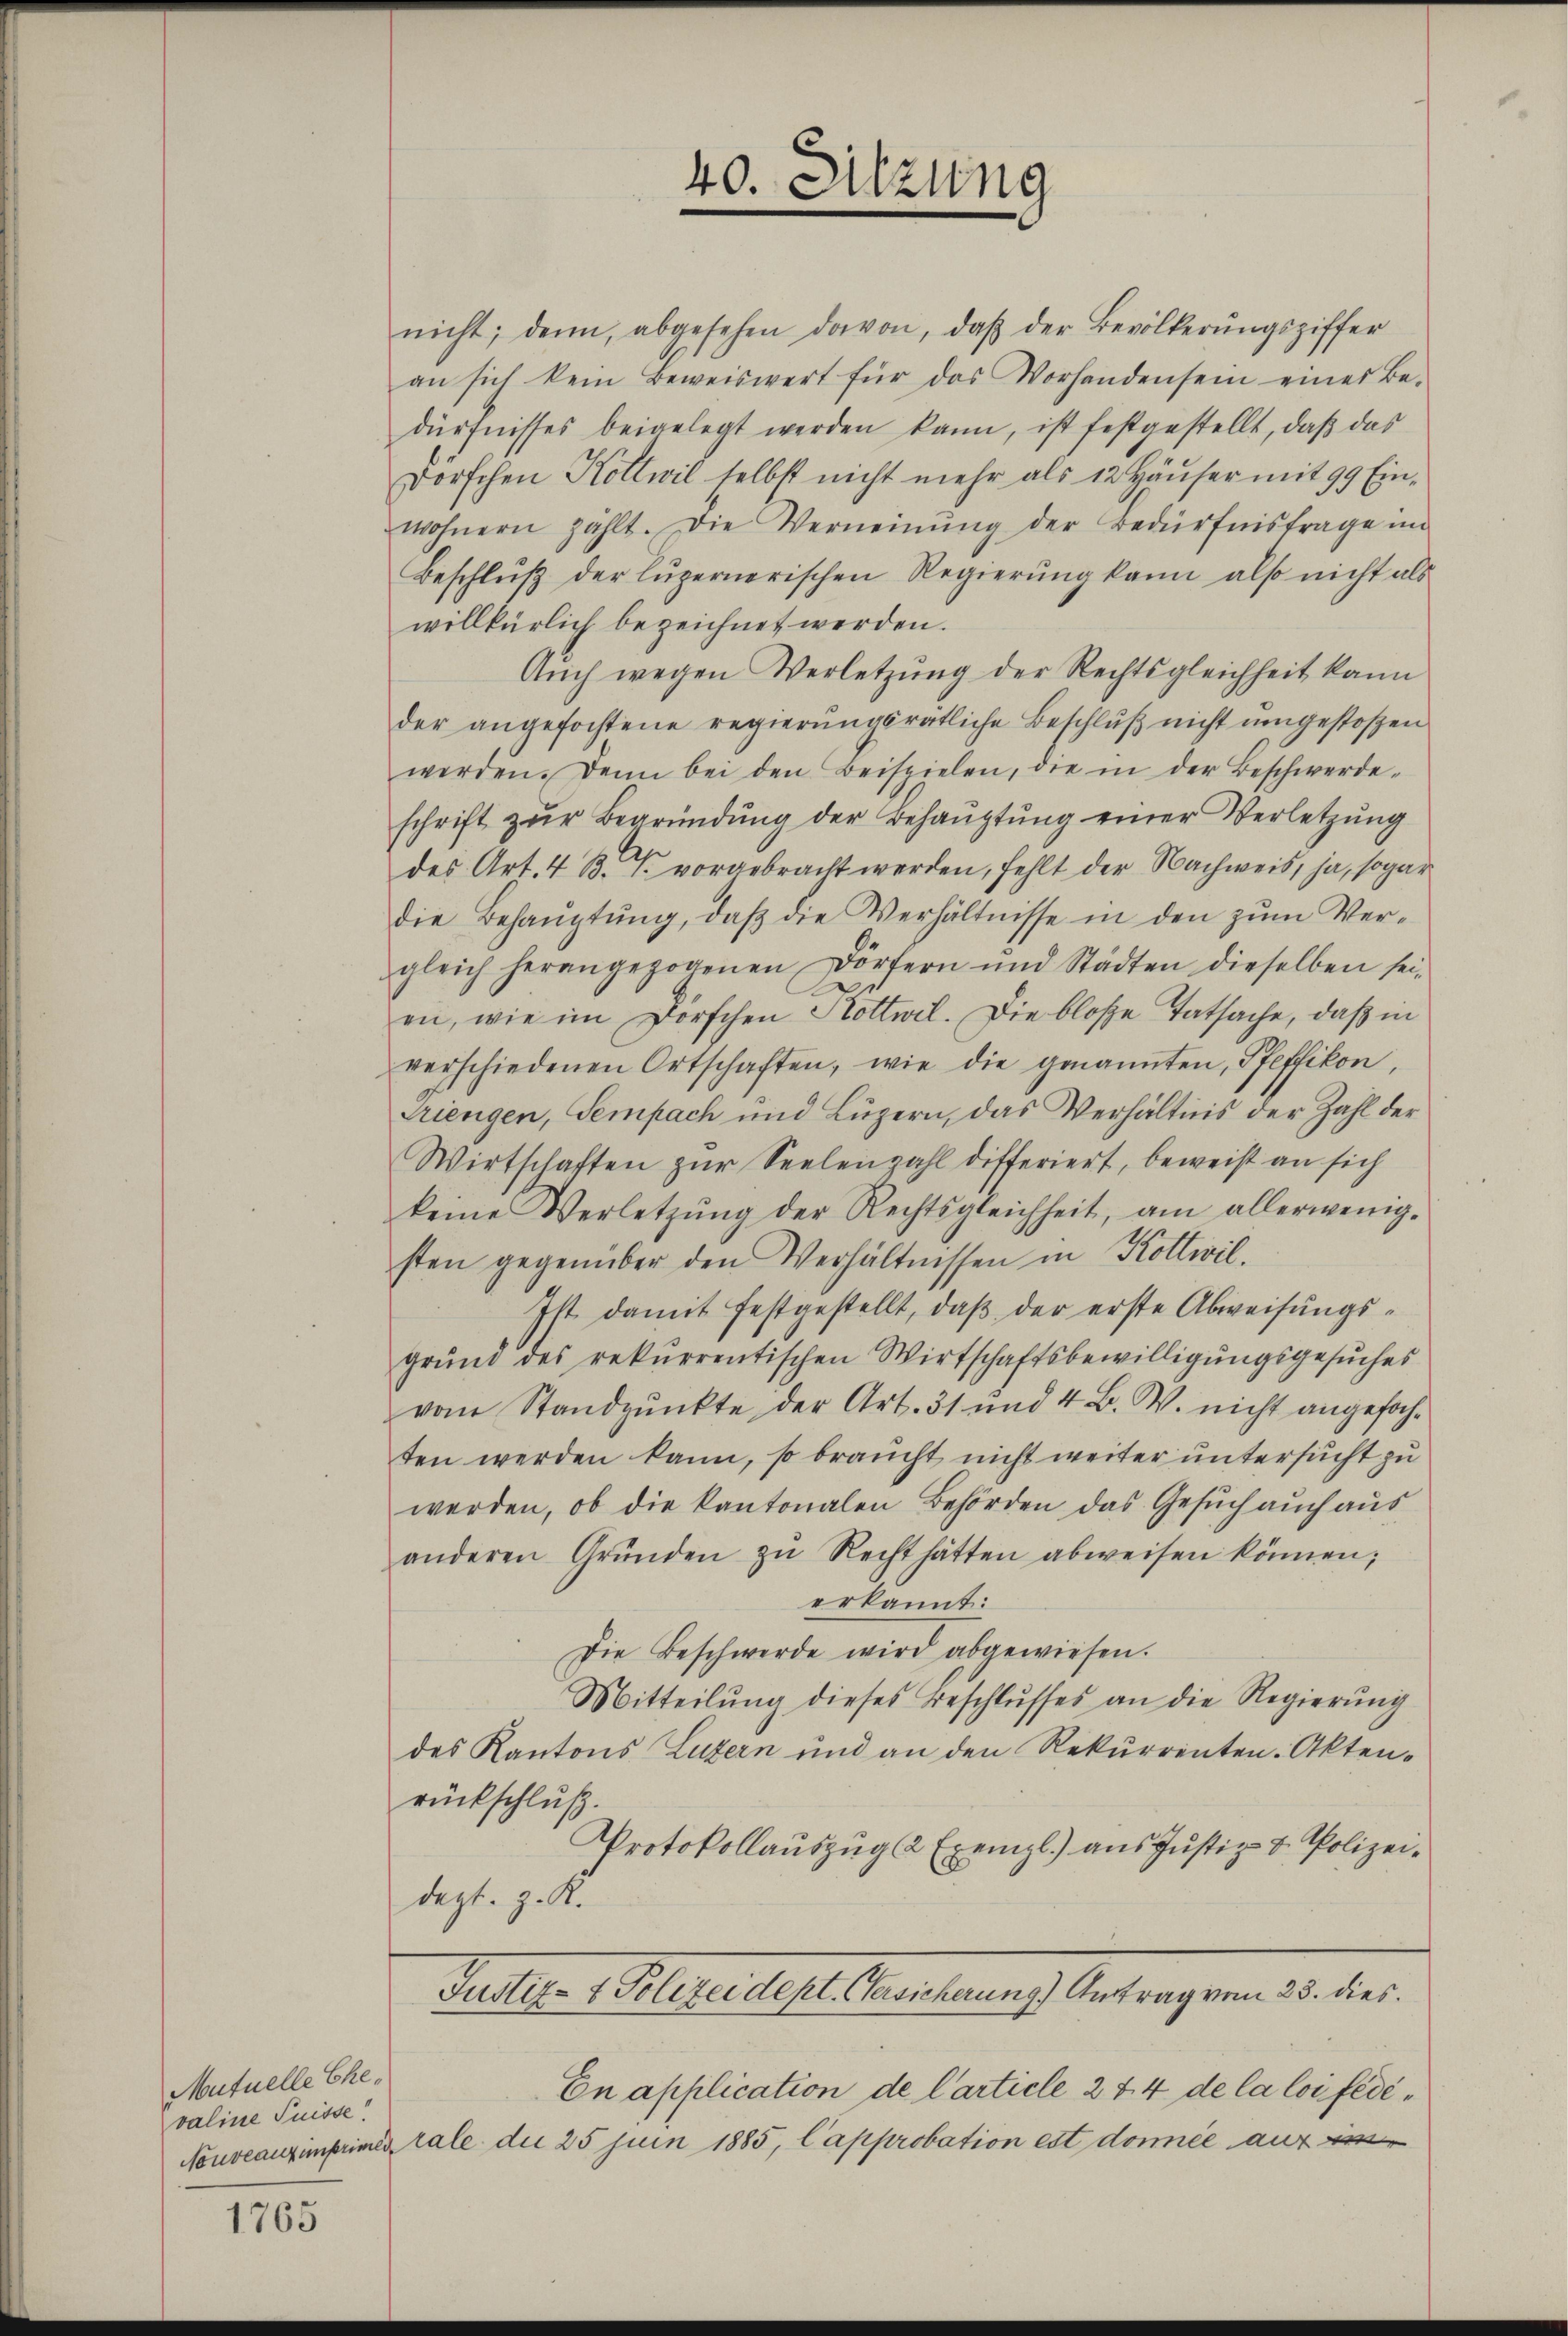
Mutuelle Che
valine Suisse

1765

40. Sitzung

nicht; denn, abgesehen davon, daβ der Bevölkerungsziffer
an sich kein Beweiswert für das Vorhanden sein eines Be-
dürfnisses beigelegt werden kann, ist festgestellt, daß das
Dörschen Kollwil selbst nicht mehr als 12 Häuser mit 99 Einwohnern zählt. Die Verneinŭng der Bedürfnisfrage im
Beschlŭβ der luzernerischen Regierŭng kann also nicht als
willkürlich bezeichnet werden.
Aŭch wegen Verletzŭng der Rechtsgleichheit kann
der angefochtene regierŭngsratliche Beschlŭβ nicht ŭmgestoßen
werden. Dann bei den Beispielen, die in der Beschwerde-
schrift zŭr Begründŭng der Behaŭptŭng einer Verletzŭng
des Art. 4 B. P. vorgebracht werden, fehlt der Nachweis, ja, sogar
die Behaŭptŭng, daβ die Verhältnisse in den zŭm Ver-
gleich herangezogenen Dörfern und Städten dieselben sei-
e
en, wie im Dörschen Hottwil. Die bloße Tatsache, daß in
verschiedenen Ortschaften, wie die genannten, Pfeffikon,
Triengen, Sempach und Luzern, das Verhältnis der Zahl der
Wirtschaften zur Seelenzahl differiert, beweist an sich
keine Verletzŭng der Rechtsgleichheit, am allerwenig-
sten gegenüber den Verhältnissen in Kottwil
Ist damit festgestellt, daß der erste Abweisungsgrund des rekurrentischen Wirtschaftsbewilligungsgesuches
vom Standpŭnkte der Art. 31 und 4 B. V. nicht angefochten werden kann, so braucht nicht weiter untersucht zu
werden, ob die kantonalen Behörden das Gesŭch auch aus
anderen Gründen zŭ Recht hätten abweisen können;
erkannt:
Die Beschwerde wird abgewiesen.
Mitteilŭng dieses Beschlŭsses an die Regierŭng
des Kantons Luzern und an den Rekurrenten Aktenrückschluß.
Protokollauszug 2 Exempl.) aus Justiz- & Polizeidezt. z. K.
Justiz- & Polizeidept. Versicherung) Antrag vom 23. dies
En application de Carticle 2 f. 4 de la loi fédé¬
Nouveauximprimen tale die 25 juin 1885, Capprobation est donnée auf ein